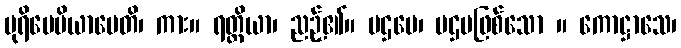
ပုရိမေပိယာမေတိ၊ ကား။ ရတ္တိယာ၊ ညဉ့်၏။ ပဌမေ၊ ပဌမဖြစ်သော ။ ကောဋ္ဌာသေ၊